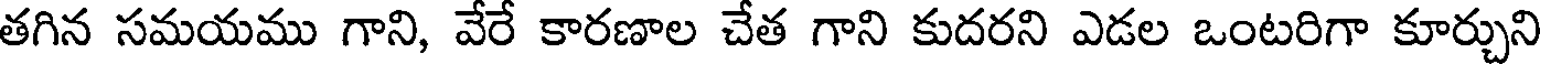
తగిన సమయము గాని, వేరే కారణాల చేత గాని కుదరని ఎడల ఒంటరిగా కూర్చుని